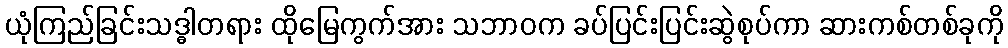
ယုံကြည်ခြင်းသဒ္ဓါတရား ထိုမြေကွက်အား သဘာဝက ခပ်ပြင်းပြင်းဆွဲစုပ်ကာ ဆားကစ်တစ်ခုကို